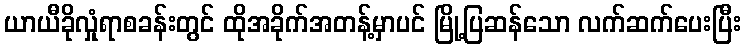
ယာယီခိုလှုံရာစခန်းတွင် ထိုအခိုက်အတန့်မှာပင် မြို့ပြဆန်သော လက်ဆက်ပေးပြီး